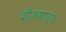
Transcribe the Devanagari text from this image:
शीतवार्य